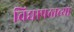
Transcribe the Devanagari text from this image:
विद्यापठाच्या